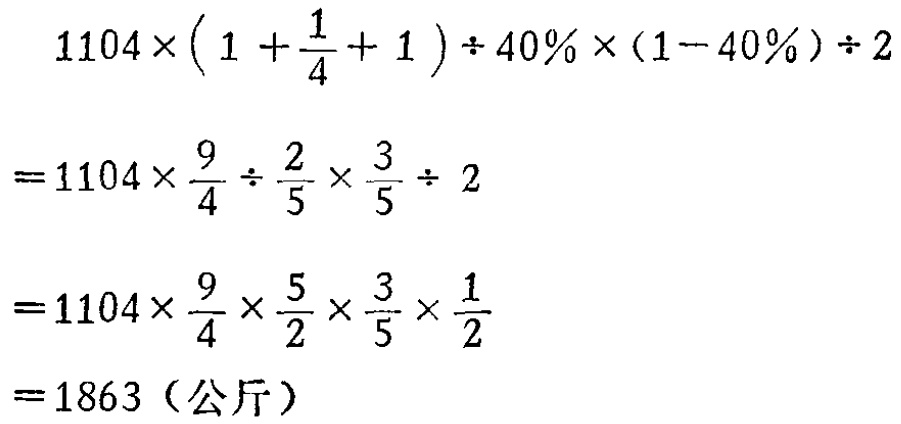
\[

\begin{align*}

&1104\times(1 + \frac{1}{4}+ 1)\div 40\% \times(1 - 40\%)\div 2\\

=&1104\times\frac{9}{4}\div\frac{2}{5}\times\frac{3}{5}\div 2\\

=&1104\times\frac{9}{4}\times\frac{5}{2}\times\frac{3}{5}\times\frac{1}{2}\\

=&1863（\text{公斤}）

\end{align*}

\]